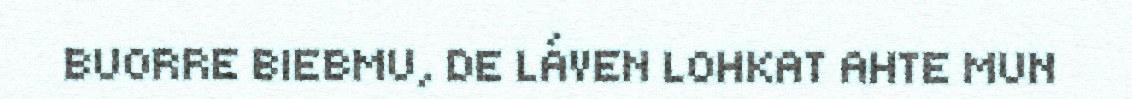
BUORRE BIEBMU, DE LÁVEN LOHKAT AHTE MUN